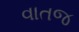
વાતજ